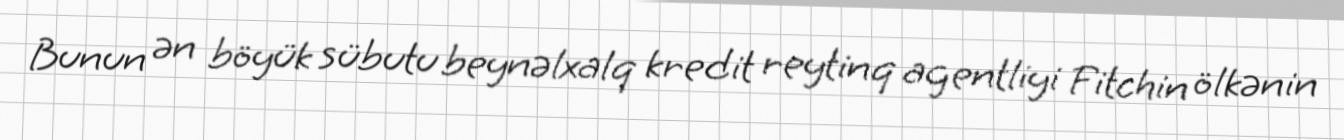
Bunun ən böyük sübutu beynəlxalq kredit reytinq agentliyi Fitchin ölkənin